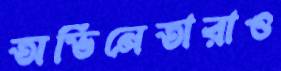
অভিনেতারাও